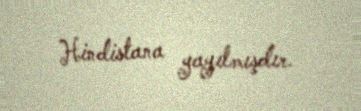
Hindistana yayılmışdır.